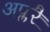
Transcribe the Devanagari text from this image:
अप्लरै